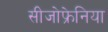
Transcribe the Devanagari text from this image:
सीजोफ्रेनिया